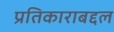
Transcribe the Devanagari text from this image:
प्रतिकाराबद्दल